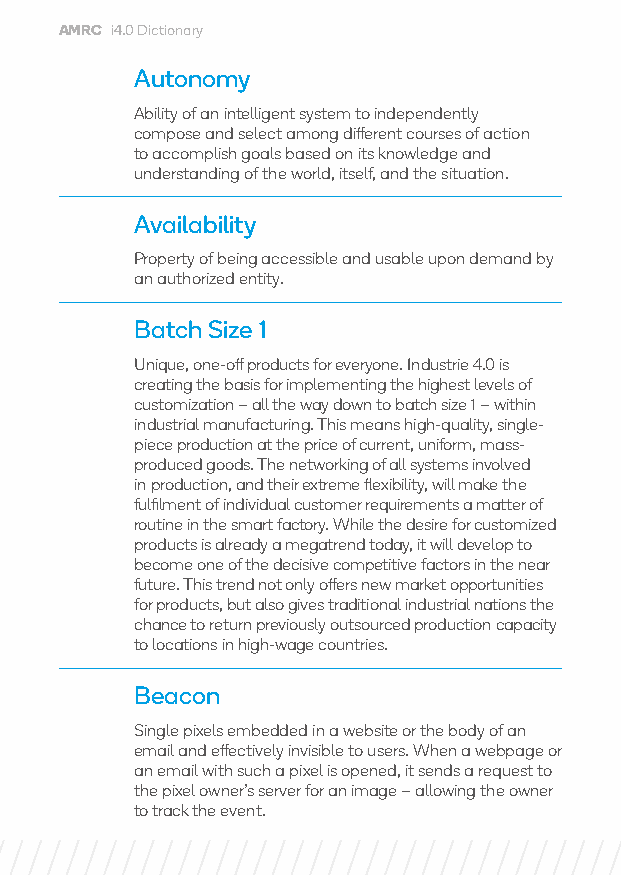
AMRC i4.0 Dictionary
 Autonomy
 Ability of an intelligent system to independently
 compose and select among different courses of action
 to accomplish goals based on its knowledge and
 understanding of the world, itself, and the situation.
 Availability
 Property of being accessible and usable upon demand by
 an authorized entity.
 Batch Size 1
 Unique, one-off products for everyone. Industrie 4.0 is
 creating the basis for implementing the highest levels of
 customization – all the way down to batch size 1 – within
 industrial manufacturing. This means high-quality, single-
 piece production at the price of current, uniform, mass-
 produced goods. The networking of all systems involved
 in production, and their extreme flexibility, will make the
 fulfilment of individual customer requirements a matter of
 routine in the smart factory. While the desire for customized
 products is already a megatrend today, it will develop to
 become one of the decisive competitive factors in the near
 future. This trend not only offers new market opportunities
 for products, but also gives traditional industrial nations the
 chance to return previously outsourced production capacity
 to locations in high-wage countries.
 Beacon
 Single pixels embedded in a website or the body of an
 email and effectively invisible to users. When a webpage or
 an email with such a pixel is opened, it sends a request to
 the pixel owner’s server for an image – allowing the owner
 to track the event.